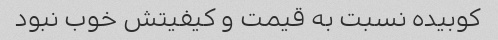
کوبیده نسبت به قیمت و کیفیتش خوب نبود